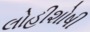
લોહીશોષી